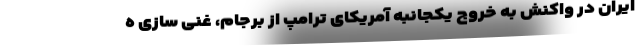
ایران در واکنش به خروج یکجانبه آمریکای ترامپ از برجام، غنی سازی ه